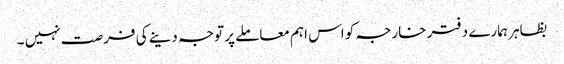
بظاہر ہمارے دفتر خارجہ کو اس اہم معاملے پر توجہ دینے کی فرصت نہیں ۔